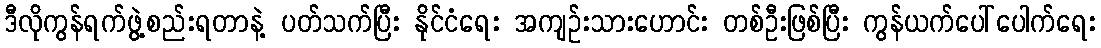
ဒီလိုကွန်ရက်ဖွဲ့စည်းရတာနဲ့ ပတ်သက်ပြီး နိုင်ငံရေး အကျဉ်းသားဟောင်း တစ်ဦးဖြစ်ပြီး ကွန်ယက်ပေါ်ပေါက်ရေး